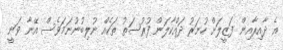
އެ ދާއިރާއިން ފަޒީލަށް ހުނަރު ދައްކާލަން ފުރުސަތު ތަކެއް ނުލިބުނުނަމަވެސް އޭނާ ވަނީ